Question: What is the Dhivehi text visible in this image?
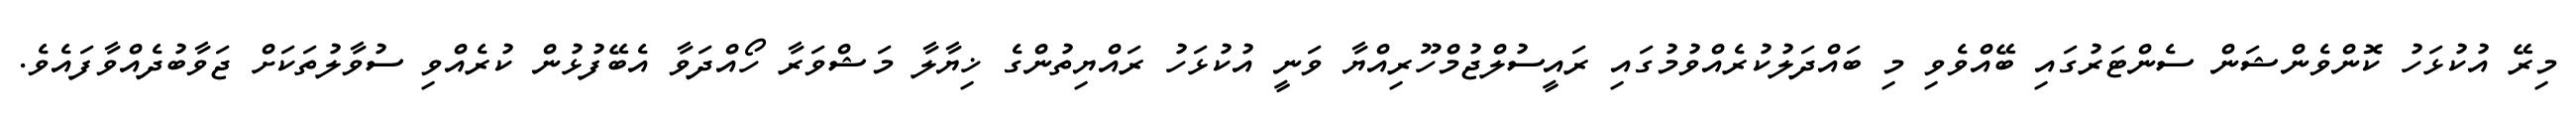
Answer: މިރޭ އުކުޅަހު ކޮންވެންޝަން ސެންޓަރުގައި ބޭއްވެވި މި ބައްދަލުކުރެއްވުމުގައި ރައީސުލްޖުމްހޫރިއްޔާ ވަނީ އުކުޅަހު ރައްޔިތުންގެ ޚިޔާލާ މަޝްވަރާ ހޯއްދަވާ އެބޭފުޅުން ކުރެއްވި ސުވާލުތަކަށް ޖަވާބުދެއްވާފައެވެ.